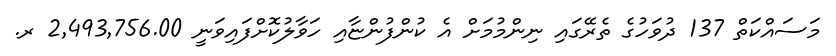
މަސައްކަތް 137 ދުވަހުގެ ތެރޭގައި ނިންމުމަށް އެ ކުންފުންޏާއި ހަވާލުކޮށްފައިވަނީ 2